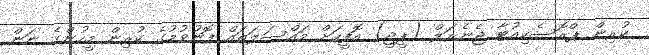
ކުރިން ޕްރޮސެކިއުޓާ ޖެނެރަލް (ޕީޖީ) އޮފީހަށް މައްސަލަތައް ފޮނުވުމުގެ ކުރިން މީހުންގެ ނަން